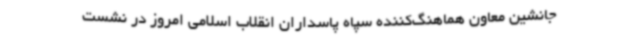
جانشین معاون هماهنگ‌کننده سپاه پاسداران انقلاب اسلامی امروز در نشست